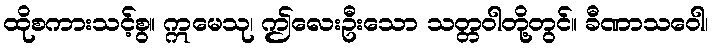
ထိုစကားသင့်စွ။ ဣမေသု၊ ဤလေးဦးသော သတ္တဝါတို့တွင်။ ခီဏာသဝေါ၊